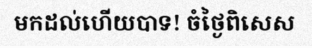
មកដល់ហើយបាទ! ចំថ្ងៃពិសេស